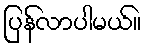
ပြန်လာပါမယ်။